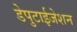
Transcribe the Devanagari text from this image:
डेपुटाईजेशन